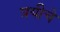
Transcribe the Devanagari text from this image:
त्रयीचे